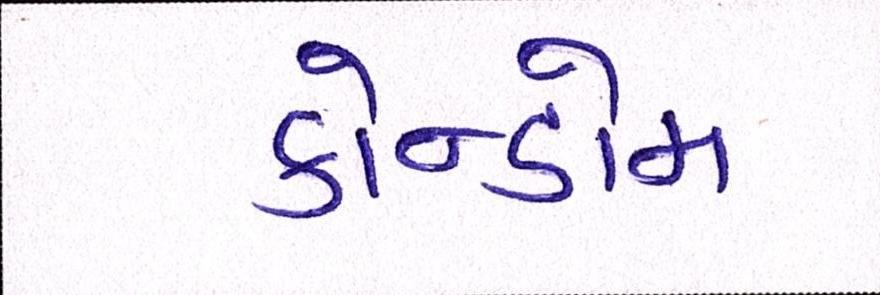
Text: કોન્ડોમ